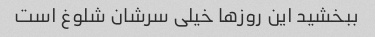
ببخشید این روزها خیلی سرشان شلوغ است